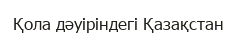
Қола дәуіріндегі Қазақстан